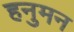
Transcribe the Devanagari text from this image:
हनुमन